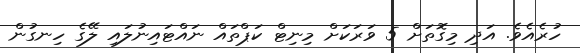
ހުރެއެވެ. އަދި މިގޮތަށް 5 ވަރަކަށް މިނިޓް ކަޕްތައް ނައްޓައިނުލައި ލޭގެ ހިނގުން